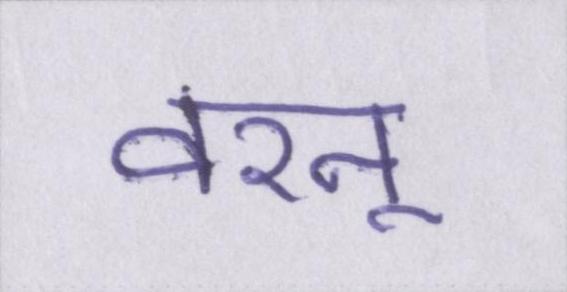
वरन्